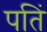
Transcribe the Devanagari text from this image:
पतिं